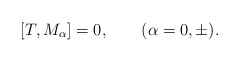
\begin{align*}[T,M_\alpha]=0,\qquad(\alpha=0,\pm).\end{align*}